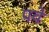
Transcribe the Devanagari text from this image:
पवे